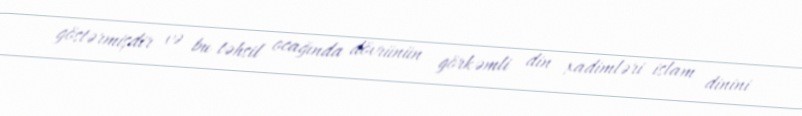
göstərmişdir və bu təhsil ocağında dövrünün görkəmli din xadimləri islam dinini